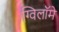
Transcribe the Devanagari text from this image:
ग्विलॉमे